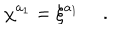
\chi ^ { a _ { 1 } } = \xi ^ { a _ { 1 } } \ .